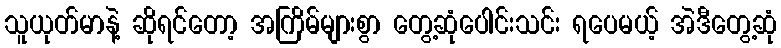
သူယုတ်မာနဲ့ ဆိုရင်တော့ အကြိမ်များစွာ တွေ့ဆုံပေါင်းသင်း ရပေမယ့် အဲဒီတွေ့ဆုံ